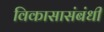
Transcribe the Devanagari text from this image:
विकासासंबंधी